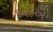
ઇરાએ